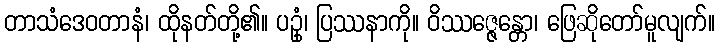
တာသံဒေဝတာနံ၊ ထိုနတ်တို့၏။ ပဥှံ၊ ပြဿနာကို။ ဝိဿဇ္ဇေန္တော၊ ဖြေဆိုတော်မူလျက်။